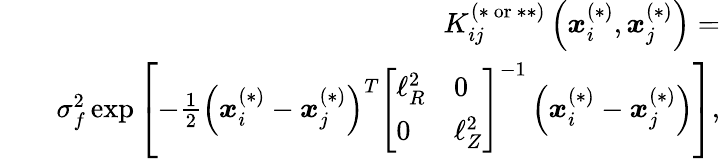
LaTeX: \begin{array}{rlr}&{}&{K_{ij}^{(*\mathrm{~or~}**)}\left(\boldsymbol{x}_{i}^{(*)},\boldsymbol{x}_{j}^{(*)}\right)=}\\ &{}&{\sigma_{f}^{2}\exp\left[-\frac{1}{2}\left(\boldsymbol{x}_{i}^{(*)}-\boldsymbol{x}_{j}^{(*)}\right)^{T}\left[\begin{array}{ll}{\ell_{R}^{2}}&{0}\\ {0}&{\ell_{Z}^{2}}\end{array}\right]^{-1}\left(\boldsymbol{x}_{i}^{(*)}-\boldsymbol{x}_{j}^{(*)}\right)\right],}\end{array}